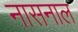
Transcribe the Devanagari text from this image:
नासनाल